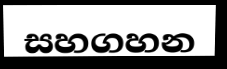
සහගහන